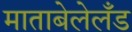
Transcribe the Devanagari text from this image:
माताबेलेलँड